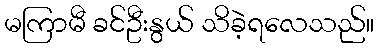
မကြာမီ ခင်ဦးနွယ် သိခဲ့ရလေသည်။